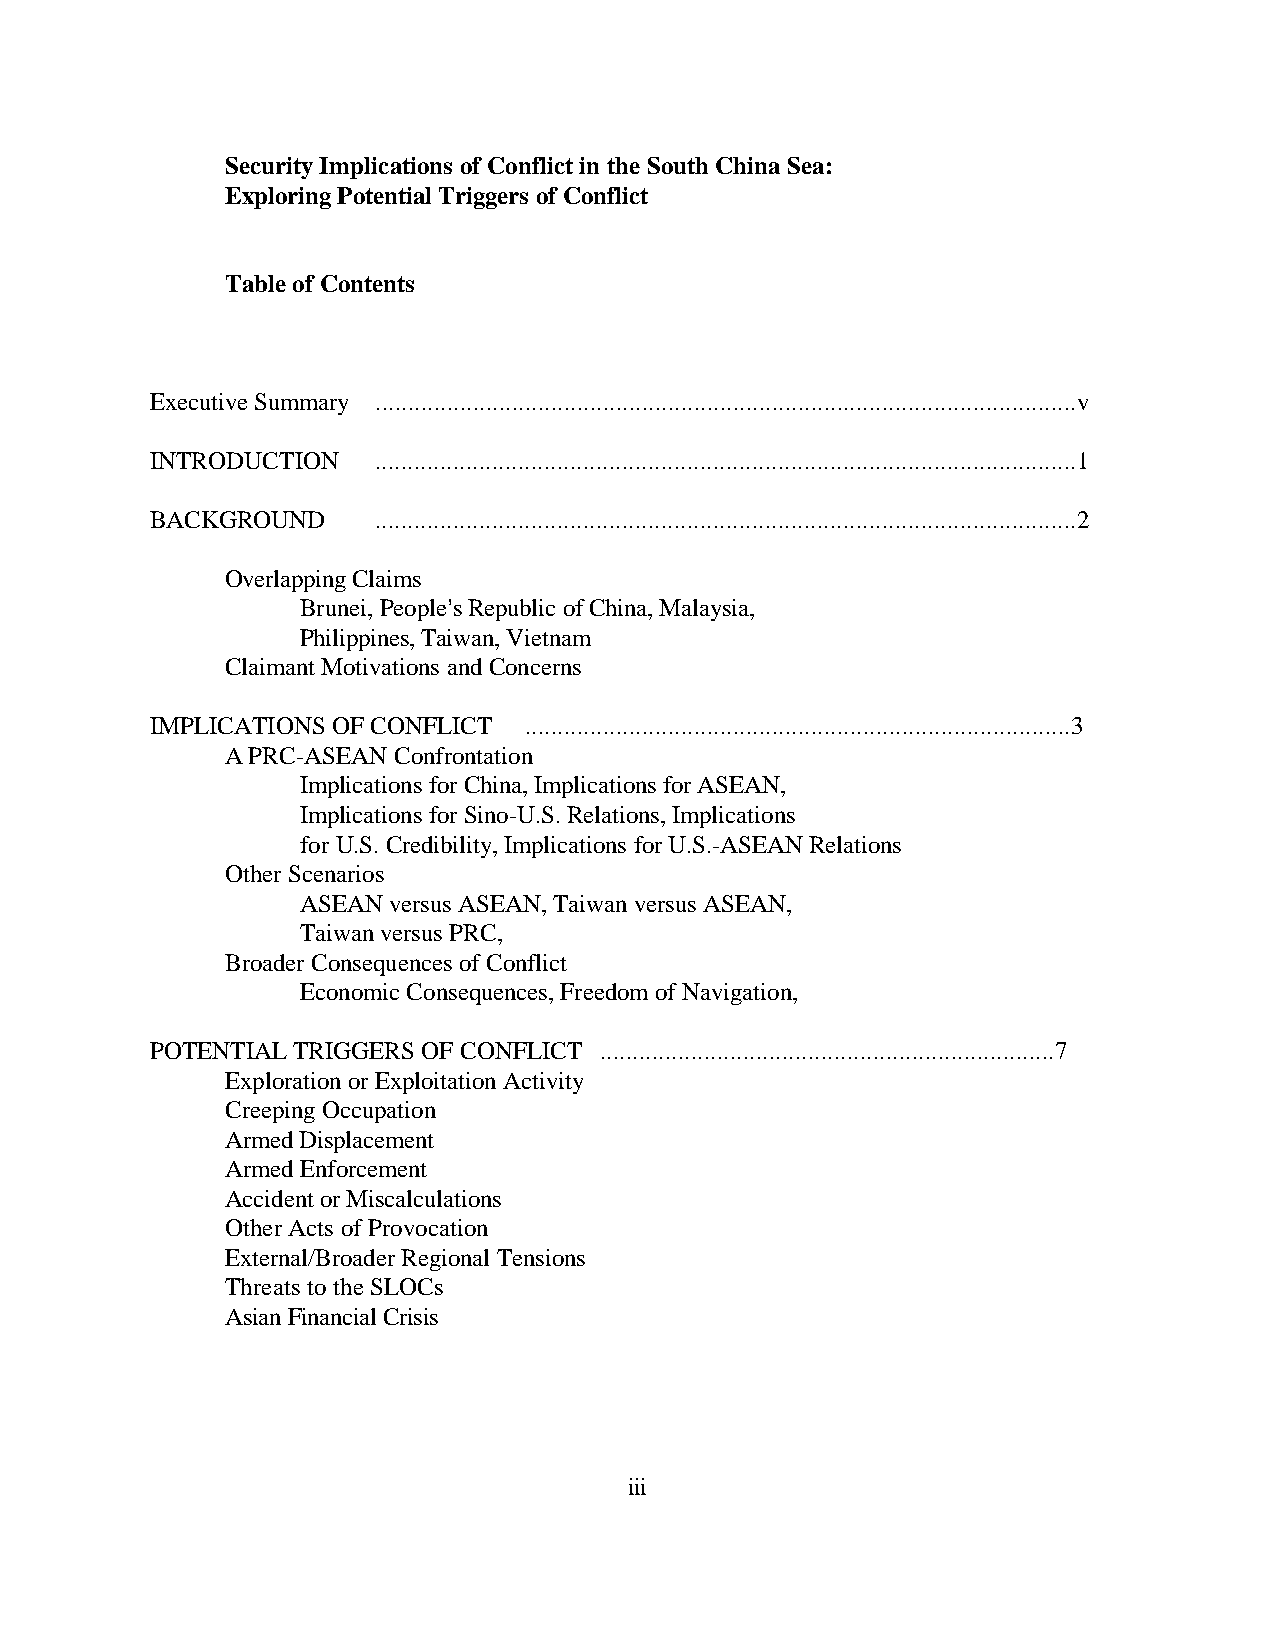
Security Implications of Conflict in the South China Sea:
 Exploring Potential Triggers of Conflict
 Table of Contents
 Executive Summary ............................................................................................................v
 INTRODUCTION   ............................................................................................................1
 BACKGROUND     ............................................................................................................2
 Overlapping Claims
 Brunei, People=s Republic of China, Malaysia,
 Philippines, Taiwan, Vietnam
 Claimant Motivations and Concerns
 IMPLICATIONS OF CONFLICT ....................................................................................3
 A PRC-ASEAN Confrontation
 Implications for China, Implications for ASEAN,
 Implications for Sino-U.S. Relations, Implications
 for U.S. Credibility, Implications for U.S.-ASEAN Relations
 Other Scenarios
 ASEAN versus ASEAN, Taiwan versus ASEAN,
 Taiwan versus PRC,
 Broader Consequences of Conflict
 Economic Consequences, Freedom of Navigation,
 POTENTIAL TRIGGERS OF CONFLICT ......................................................................7
 Exploration or Exploitation Activity
 Creeping Occupation
 Armed Displacement
 Armed Enforcement
 Accident or Miscalculations
 Other Acts of Provocation
 External/Broader Regional Tensions
 Threats to the SLOCs
 Asian Financial Crisis
 iii